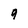
Character: 9